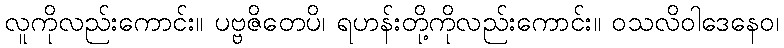
လူကိုလည်းကောင်း။ ပဗ္ဗဇိတေပိ၊ ရဟန်းတို့ကိုလည်းကောင်း။ ဝသလိဝါဒေနေဝ၊